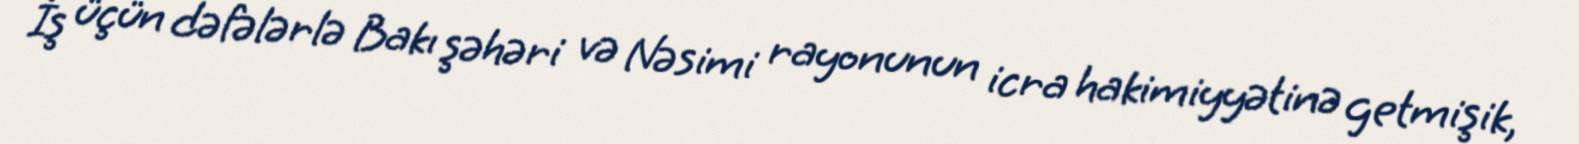
İş üçün dəfələrlə Bakı şəhəri və Nəsimi rayonunun icra hakimiyyətinə getmişik,